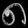
Digit: ၈